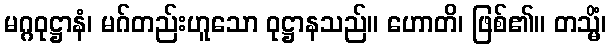
မဂ္ဂဝုဋ္ဌာနံ၊ မဂ်တည်းဟူသော ဝုဋ္ဌာနသည်။ ဟောတိ၊ ဖြစ်၏။ တသ္မိံ၊